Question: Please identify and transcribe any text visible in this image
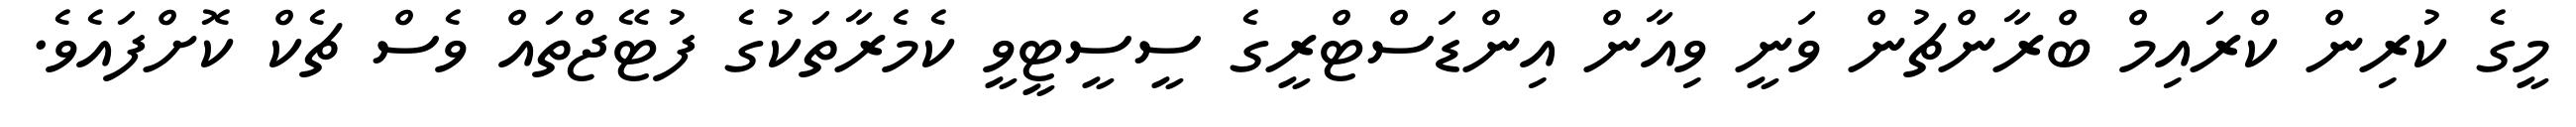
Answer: މީގެ ކުރިން ކްރައިމް ބްރާންޗުން ވަނީ ވިއާން އިންޑަސްޓްރީގެ ސީސީޓީވީ ކެމެރާތަކުގެ ފުޓޭޖްތައް ވެސް ޗެކް ކޮށްފައެވެ.